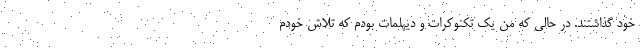
خود گذاشتند. در حالی که من یک تکنوکرات و دیپلمات بودم که تلاش خودم